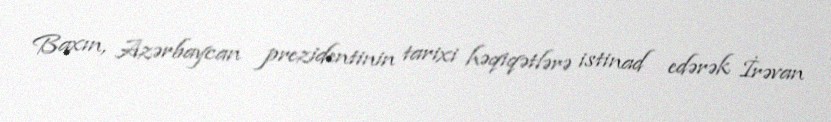
Baxın, Azərbaycan prezidentinin tarixi həqiqətlərə istinad edərək İrəvan